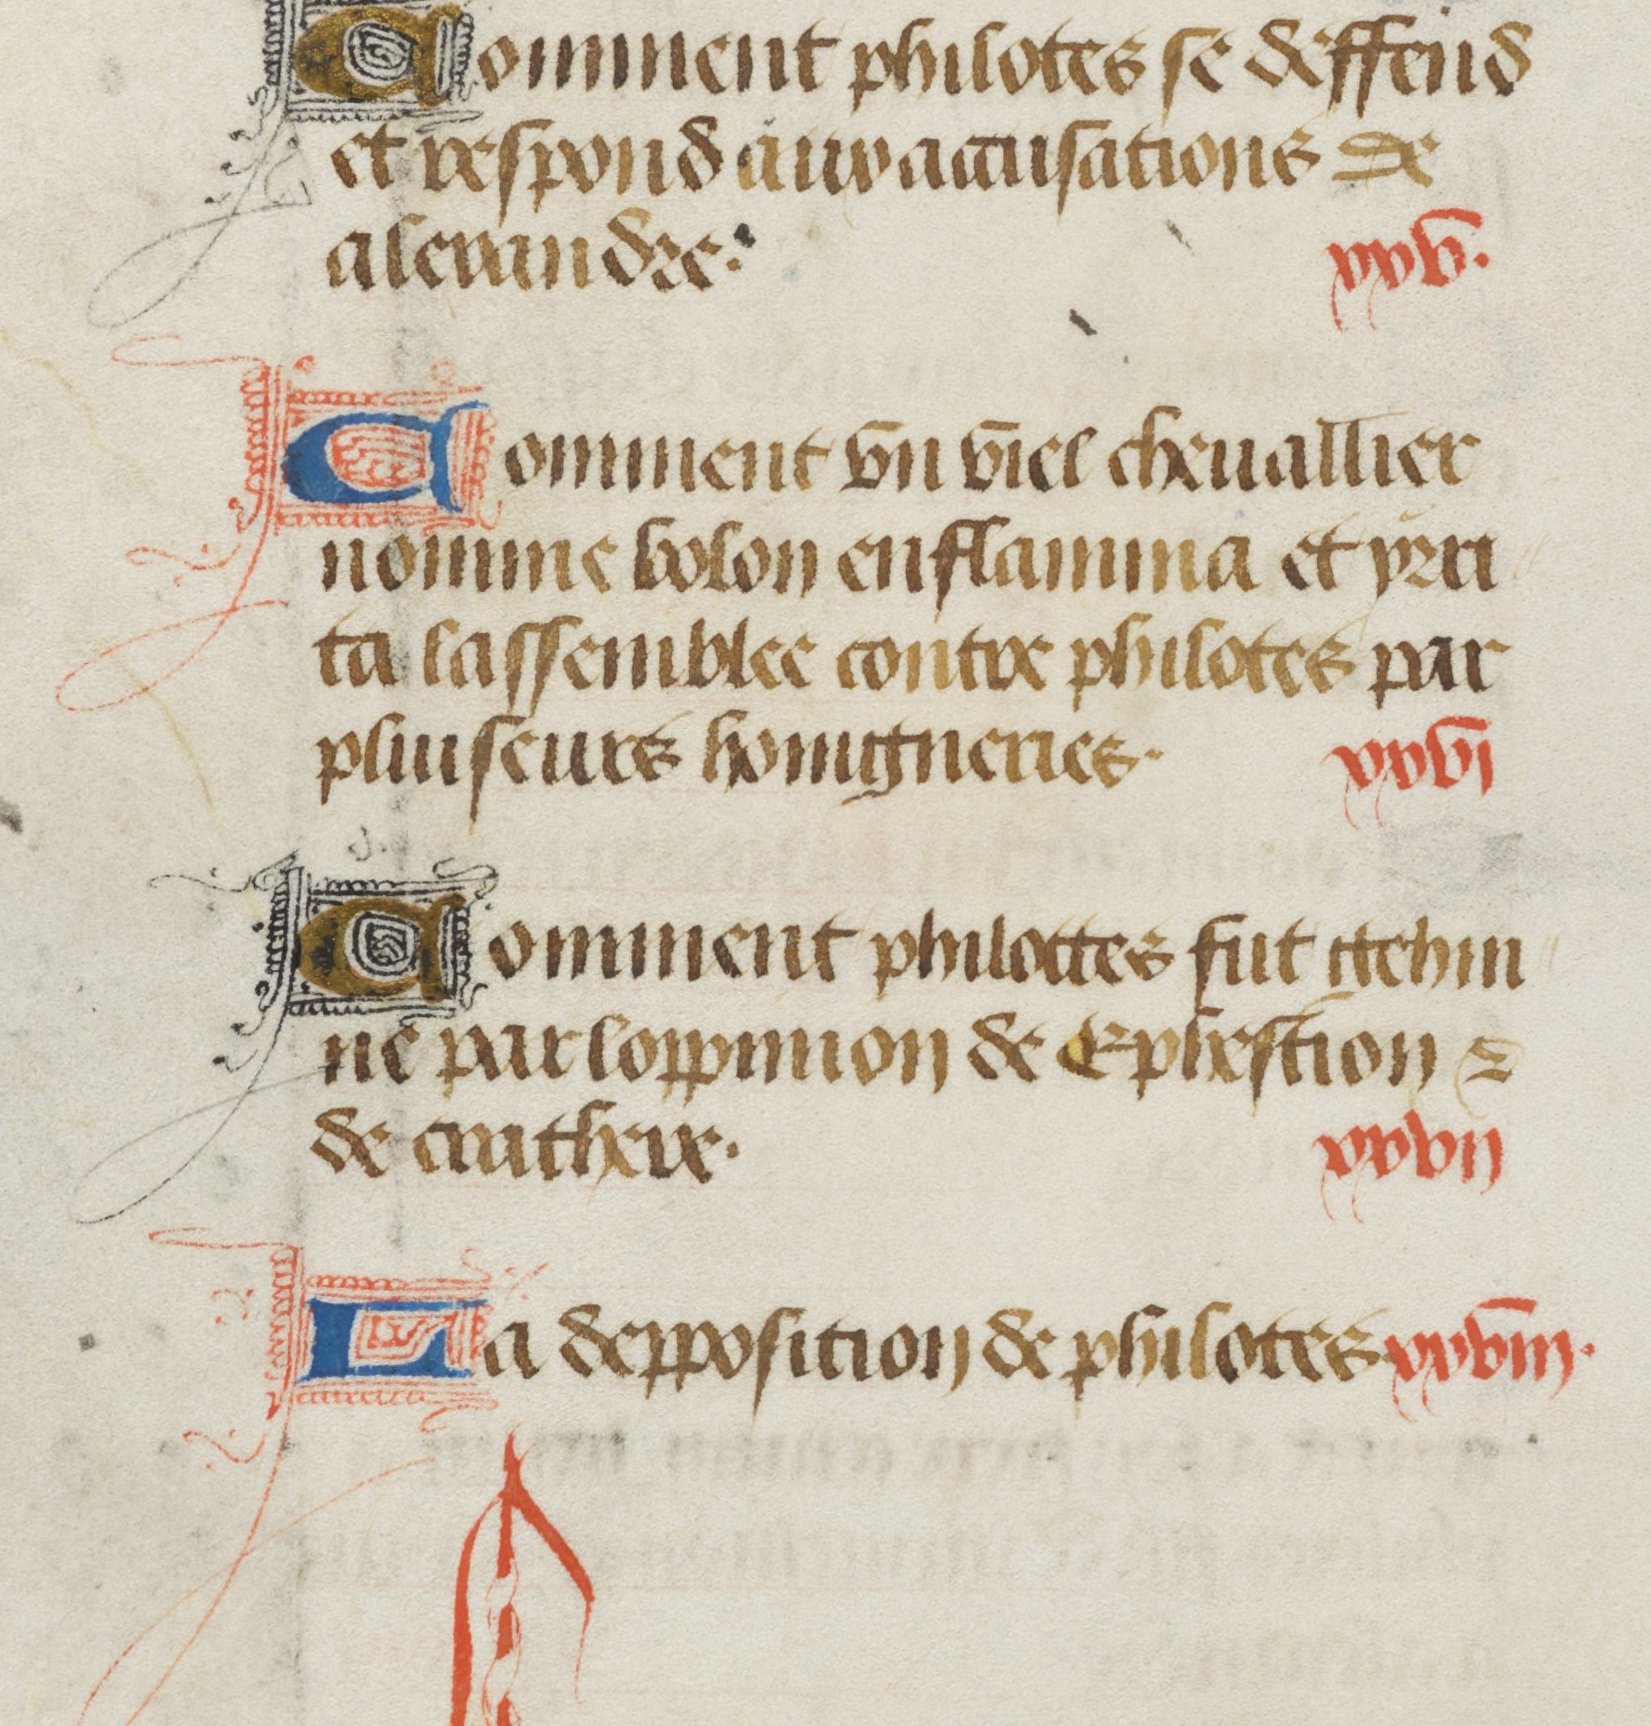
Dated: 1470–1499